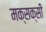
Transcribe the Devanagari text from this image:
मक्सक्सी